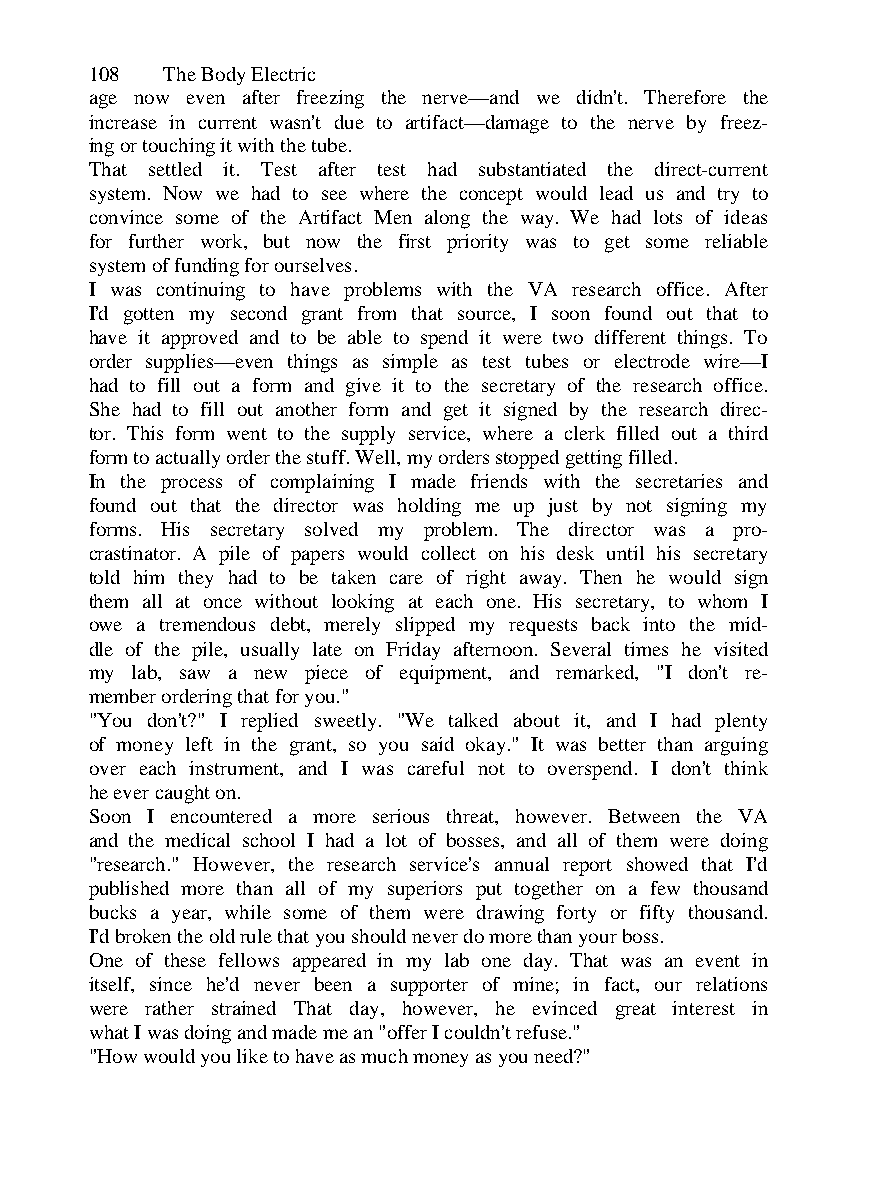
108  The Body Electric
 age now even after freezing the nerve—and we didn't. Therefore the
 increase in current wasn't due to artifact—damage to the nerve by freez-
 ing or touching it with the tube.
 That settled it. Test after test had substantiated the direct-current
 system. Now we had to see where the concept would lead us and try to
 convince some of the Artifact Men along the way. We had lots of ideas
 for further work, but now the first priority was to get some reliable
 system of funding for ourselves.
 I was continuing to have problems with the VA research office. After
 I'd gotten my second grant from that source, I soon found out that to
 have it approved and to be able to spend it were two different things. To
 order supplies—even things as simple as test tubes or electrode wire—I
 had to fill out a form and give it to the secretary of the research office.
 She had to fill out another form and get it signed by the research direc-
 tor. This form went to the supply service, where a clerk filled out a third
 form to actually order the stuff. Well, my orders stopped getting filled.
 In the process of complaining I made friends with the secretaries and
 found out that the director was holding me up just by not signing my
 forms. His secretary solved my problem. The director was a pro-
 crastinator. A pile of papers would collect on his desk until his secretary
 told him they had to be taken care of right away. Then he would sign
 them all at once without looking at each one. His secretary, to whom I
 owe a tremendous debt, merely slipped my requests back into the mid-
 dle of the pile, usually late on Friday afternoon. Several times he visited
 my lab, saw a new piece of equipment, and remarked, "I don't re-
 member ordering that for you."
 "You don't?" I replied sweetly. "We talked about it, and I had plenty
 of money left in the grant, so you said okay." It was better than arguing
 over each instrument, and I was careful not to overspend. I don't think
 he ever caught on.
 Soon I encountered a more serious threat, however. Between the VA
 and the medical school I had a lot of bosses, and all of them were doing
 "research." However, the research service's annual report showed that I'd
 published more than all of my superiors put together on a few thousand
 bucks a year, while some of them were drawing forty or fifty thousand.
 I'd broken the old rule that you should never do more than your boss.
 One of these fellows appeared in my lab one day. That was an event in
 itself, since he'd never been a supporter of mine; in fact, our relations
 were rather strained That day, however, he evinced great interest in
 what I was doing and made me an "offer I couldn't refuse."
 "How would you like to have as much money as you need?"